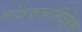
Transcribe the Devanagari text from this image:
मॉइस्चरिज़ेर्स